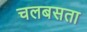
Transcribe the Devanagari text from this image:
चलबसता